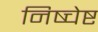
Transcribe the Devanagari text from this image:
निष्चेष्ट